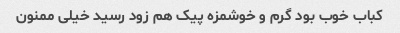
کباب خوب بود گرم و خوشمزه پیک هم زود رسید خیلی ممنون